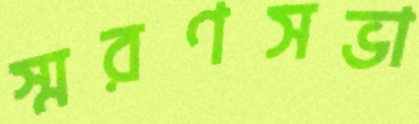
স্মরণসভা